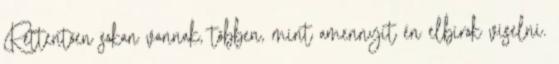
Rettentően sokan vannak, többen, mint amennyit én elbírok viselni.